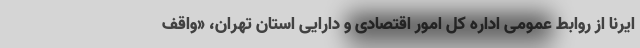
ایرنا از روابط عمومی اداره کل امور اقتصادی و دارایی استان تهران، «واقف